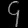
Digit: ၄